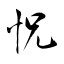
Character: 怳